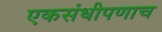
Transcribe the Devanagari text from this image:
एकसंधीपणाच